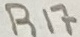
Text: R17